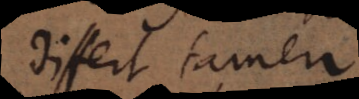
Differt tamen